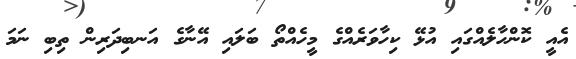
އެއީ ކޮންހާލެއްގައި އުޅޭ ކިހާވަރެއްގެ މީހެއްތޯ ބަލައި އޭނާގެ އަނބިދަރިން ތިބި ނަމަ